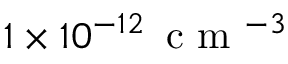
1 \times 1 0 ^ { - 1 2 } \, \mathrm { ~ c ~ m ~ } ^ { - 3 }